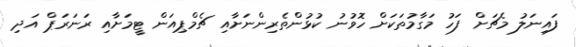
ފައިނަލު މެޗަށް ފަހު މަގާމުތަކަށް ހޮވުނު ކުޅުންތެރިންނަށާއި ޗެމްޕިއަން ޓީމަށާއި ރަނަރަޕް އަދި